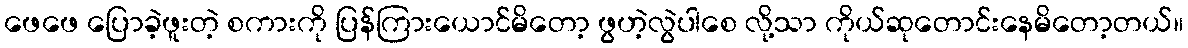
ဖေဖေ ပြောခဲ့ဖူးတဲ့ စကားကို ပြန်ကြားယောင်မိတော့ ဖွဟဲ့လွဲပါစေ လို့သာ ကိုယ်ဆုတောင်းနေမိတော့တယ်။